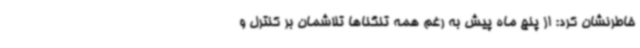
خاطرنشان کرد: از پنج ماه پیش به رغم همه تنگناها تلاشمان بر کنترل و